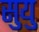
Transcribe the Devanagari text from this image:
सुयु